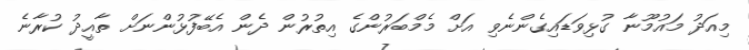
މިއަދު މައުމޫނާ ގުޅިވަޑައިގެންނެވި އަށް މެމްބަރުންގެ އިތުރުން ދެން އެބޭފުޅުންނަށް ތާއީދު ކުރާނެ